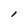
Character: l